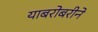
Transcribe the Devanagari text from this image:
याबरोबरीने